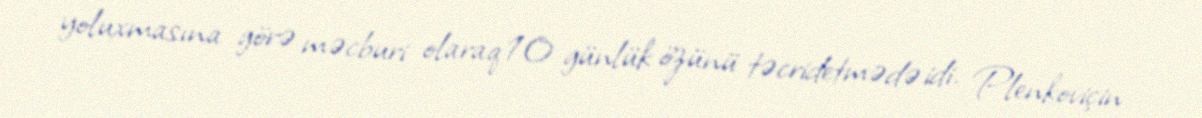
yoluxmasına görə məcburi olaraq 10 günlük özünü təcridetmədə idi. Plenkoviçin